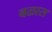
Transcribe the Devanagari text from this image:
बळास